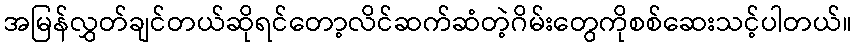
အမြန်လွှတ်ချင်တယ်ဆိုရင်တော့လိင်ဆက်ဆံတဲ့ဂိမ်းတွေကိုစစ်ဆေးသင့်ပါတယ်။